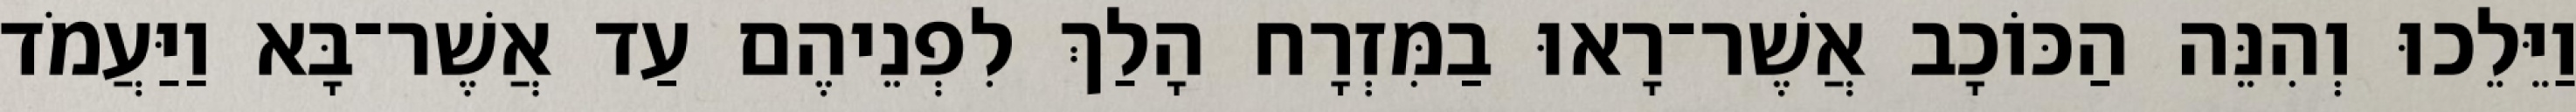
וַיֵּלֵכוּ וְהִנֵּה הַכּוֹכָב אֲשֶׁר־רָאוּ בַמִּזְרָח הָלַךְ לִפְנֵיהֶם עַד אֲשֶׁר־בָּא וַיַּעֲמֹד